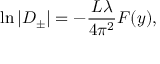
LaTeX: \ln \vert D _ { \pm } \vert = - \frac { L \lambda } { 4 \pi ^ { 2 } } F ( y ) ,